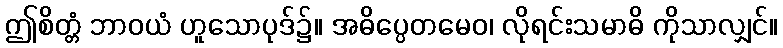
ဤစိတ္တံ ဘာဝယံ ဟူသောပုဒ်၌။ အဓိပ္ပေတမေဝ၊ လိုရင်းသမာဓိ ကိုသာလျှင်။